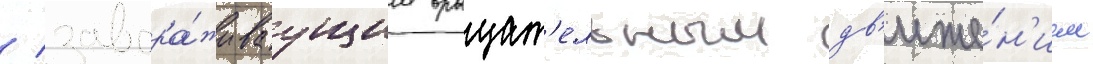
/ завора́живаущим вращат'ельным дв'иже́н'ием